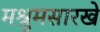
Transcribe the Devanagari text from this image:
मश्रुमसारखे